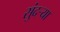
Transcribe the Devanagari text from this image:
सुंदर्‍या